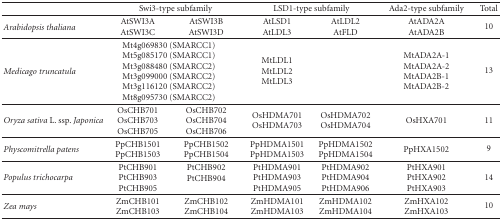
|  | <COLSPAN=2> Swi3-type subfamily | <COLSPAN=2> LSD1-type subfamily | Ada2-type subfamily | Total |
 | --- | --- | --- | --- | --- | --- | --- |
 | Arabidopsis thaliana | AtSWI3A AtSWI3C | AtSWI3B AtSWI3D | AtLSD1 AtLDL3 | AtLDL2 AtFLD | AtADA2A AtADA2B | 10 |
 | Medicago truncatula |  | Mt4g069830 (SMARCC1) Mt5g085170 (SMARCC1) Mt3g088480 (SMARCC2) Mt3g099000 (SMARCC2) Mt3g116120 (SMARCC2) Mt8g095730 (SMARCC2) | MtLDL1 MtLDL2 MtLDL3 |  | MtADA2A-1 MtADA2A-2 MtADA2B-1 MtADA2B-2 | 13 |
 | Oryza sativa L. ssp. Japonica | OsCHB701 OsCHB703 OsCHB705 | OsCHB702 OsCHB704OsCHB706 | OsHDMA701 OsHDMA703 | OsHDMA702OsHDMA704 | OsHXA701 | 11 |
 | Physcomitrella patens | PpCHB1501 PpCHB1503 | PpCHB1502 PpCHB1504 | PpHDMA1501 PpHDMA1503 | PpHDMA1502 PpHDMA1504 | PpHXA1502 | 9 |
 | Populus trichocarpa | PtCHB901 PtCHB903 PtCHB905 | PtCHB902PtCHB904 | PtHDMA901 PtHDMA903PtHDMA905 | PtHDMA902 PtHDMA904PtHDMA906 | PtHXA901 PtHXA902PtHXA903 | 14 |
 | Zea mays | ZmCHB101 ZmCHB103 | ZmCHB102ZmCHB104 | ZmHDMA101 ZmHDMA103 | ZmHDMA102 ZmHDMA104 | ZmHXA102 ZmHXA103 | 10 |